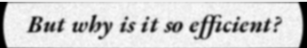
But why is it so efficient?